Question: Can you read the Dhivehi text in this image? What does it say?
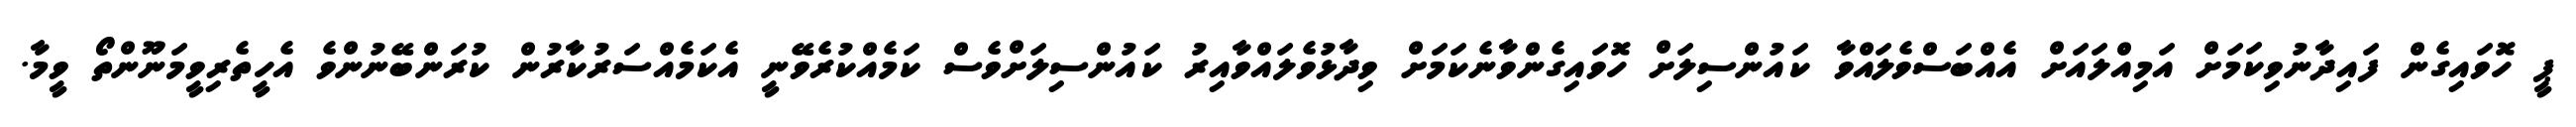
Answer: ޕީ ހޮވައިގެން ފައިދާނުވިކަމަށް އަމިއްލައަށް އެއްބަސްވެލައްވާ ކައުންސިލަށް ހޮވައިގެންވާނެކަމަށް ވިދާޅުވެލައްވާއިރު ކައުންސިލަށްވެސް ކަމެއްކުރެވޭނީ އެކަމެއްސަރުކާރުން ކުރަންބޭނުންވެ އެހީތެރިވީމަނޫންތޯ ވީމާ.